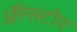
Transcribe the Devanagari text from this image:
ऑरेनस्टीन